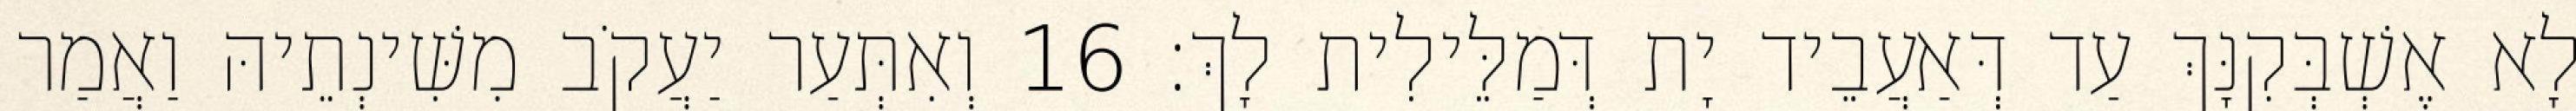
לָא אֶשְׁבְּקִנָּךְ עַד דְּאַעֲבֵיד יָת דְּמַלֵּילִית לָךְ׃ 16 וְאִתְּעַר יַעֲקֹב מִשִּׁינְתֵיהּ וַאֲמַר